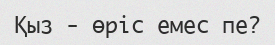
Қыз - өріс емес пе?